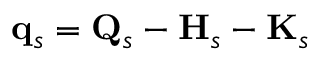
\mathbf { q } _ { s } = \mathbf { Q } _ { s } - \mathbf { H } _ { s } - \mathbf { K } _ { s }